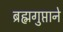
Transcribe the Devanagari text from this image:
ब्रह्मगुप्ताने